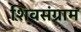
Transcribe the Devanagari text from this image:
शिवसंग्राम